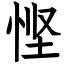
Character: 悭